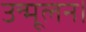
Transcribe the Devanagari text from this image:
उन्मूलन।